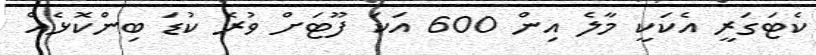
ކެޓަގަރީ އެކަކީ މާލެ އިން 600 އަކަ ފޫޓަށް ވުރެ ކުޑަ ބިންކޮޅެއް